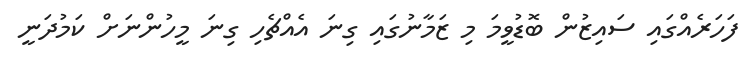
ފަހަރެއްގައި ސައިޒުން ބޮޑުވީމަ މި ޒަމާނުގައި ގިނަ އެއްޗެހި ގިނަ މީހުންނަށް ކަމުދަނީ